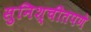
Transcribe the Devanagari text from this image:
सुनिश्चीतपणे